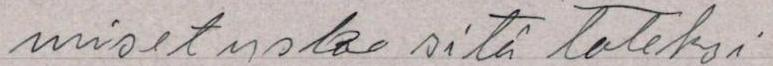
miset usko sitä toteksi